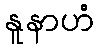
နူနာဟံ